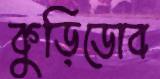
কুড়িডোব